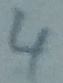
Text: 4